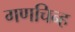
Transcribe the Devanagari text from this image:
गणचिन्ह